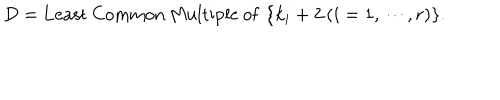
D = \mathrm { L e a s t ~ C o m m o n ~ M u l t i p l e ~ o f ~ } \, \{ k _ { i } + 2 \, ( i = 1 , \cdots , r ) \} .